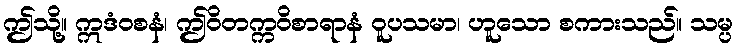
ဤသို့။ ဣဒံဝစနံ၊ ဤဝိတက္ကဝိစာရာနံ ဝူပသမာ၊ ဟူသော စကားသည်။ သမ္ပ